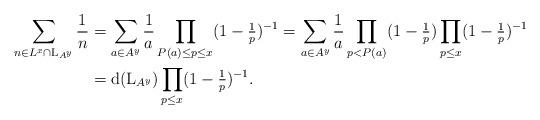
LaTeX: \begin{align*}\sum_{n\in L^x\cap {\rm L}_{A^y}}\frac{1}{n} &= \sum_{a\in A^y}\frac{1}{a}\prod_{P(a)\le p\le x}(1-\tfrac{1}{p})^{-1} = \sum_{a\in A^y}\frac{1}{a}\prod_{p<P(a)}(1-\tfrac{1}{p})\prod_{p\le x}(1-\tfrac{1}{p})^{-1} \\&= {\rm d}({\rm L}_{A^y})\prod_{p\le x}(1-\tfrac{1}{p})^{-1}.\end{align*}